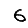
Digit: 6